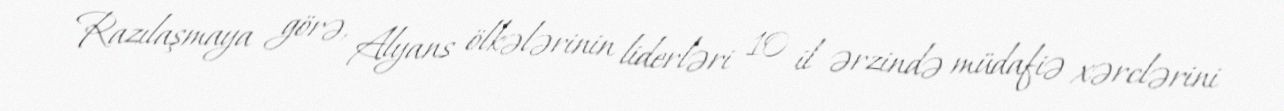
Razılaşmaya görə, Alyans ölkələrinin liderləri 10 il ərzində müdafiə xərclərini